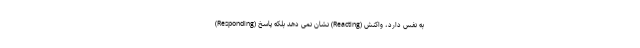
به نفس دارد، واکنش (Reacting) نشان نمی دهد بلکه پاسخ (Responding)